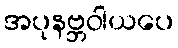
အပုနဗ္ဘဝါယပေ